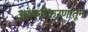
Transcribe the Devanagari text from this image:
आंग्लीकरणातून